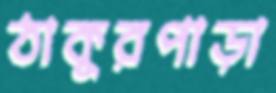
ঠাকুরপাড়া